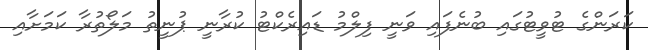
ކަރަންގެ ޓުވީޓުގައި ބުނެފައި ވަނީ ފިލްމު ޑައިރެކްޓު ކުރާނީ ޕުނީތު މަލޯތުރާ ކަމަށާއި